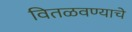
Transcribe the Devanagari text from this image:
वितळवण्याचे